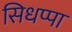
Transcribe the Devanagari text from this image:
सिधप्पा